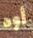
أوه